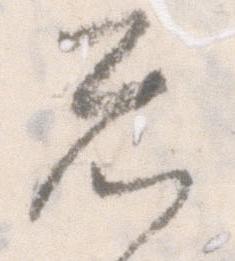
忩